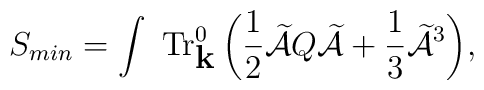
\displaystyle{S_{min}=        \int  \ {\mbox{Tr}}^0_{\mbox{\bf {k}}}              \left( \frac {1}{2}\widetilde{{\cal A}}Q\widetilde{{\cal A}}                 + \frac {1}{3} \widetilde{{\cal A}}^3 \right)},